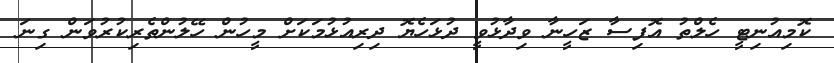
ކޮމިއުނިޓީ ހެލްތު އޮފިސާ ޒަހީނާ ވިދާޅުވީ ދުޅަހެޔޮ ދިރިއުޅުމަކަށް މީހުން ހޭލުންތެރިކުރުވަން ގިނަ